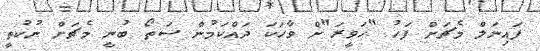
ފައިނަލް މެޗަށް ފަހު "ހަވީރަ"ށް ވާހަކަ ދައްކަމުން ސަތޯ ބުނީ މެޗަށް ނުކުތީ